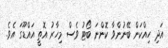
އަދި ހިއްކަން ބޭނުންވާ ކޮންނަ ބޯޓު ވެސް މިހާރު އޮތީ އައްޑޫގަ އެވެ.